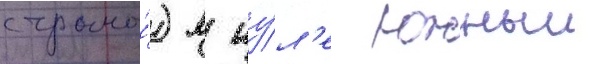
страны́) в иу́л'е южныи